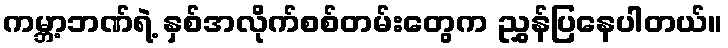
ကမ္ဘာ့ဘဏ်ရဲ့ နှစ်အလိုက်စစ်တမ်းတွေက ညွှန်ပြနေပါတယ်။